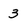
Character: 3